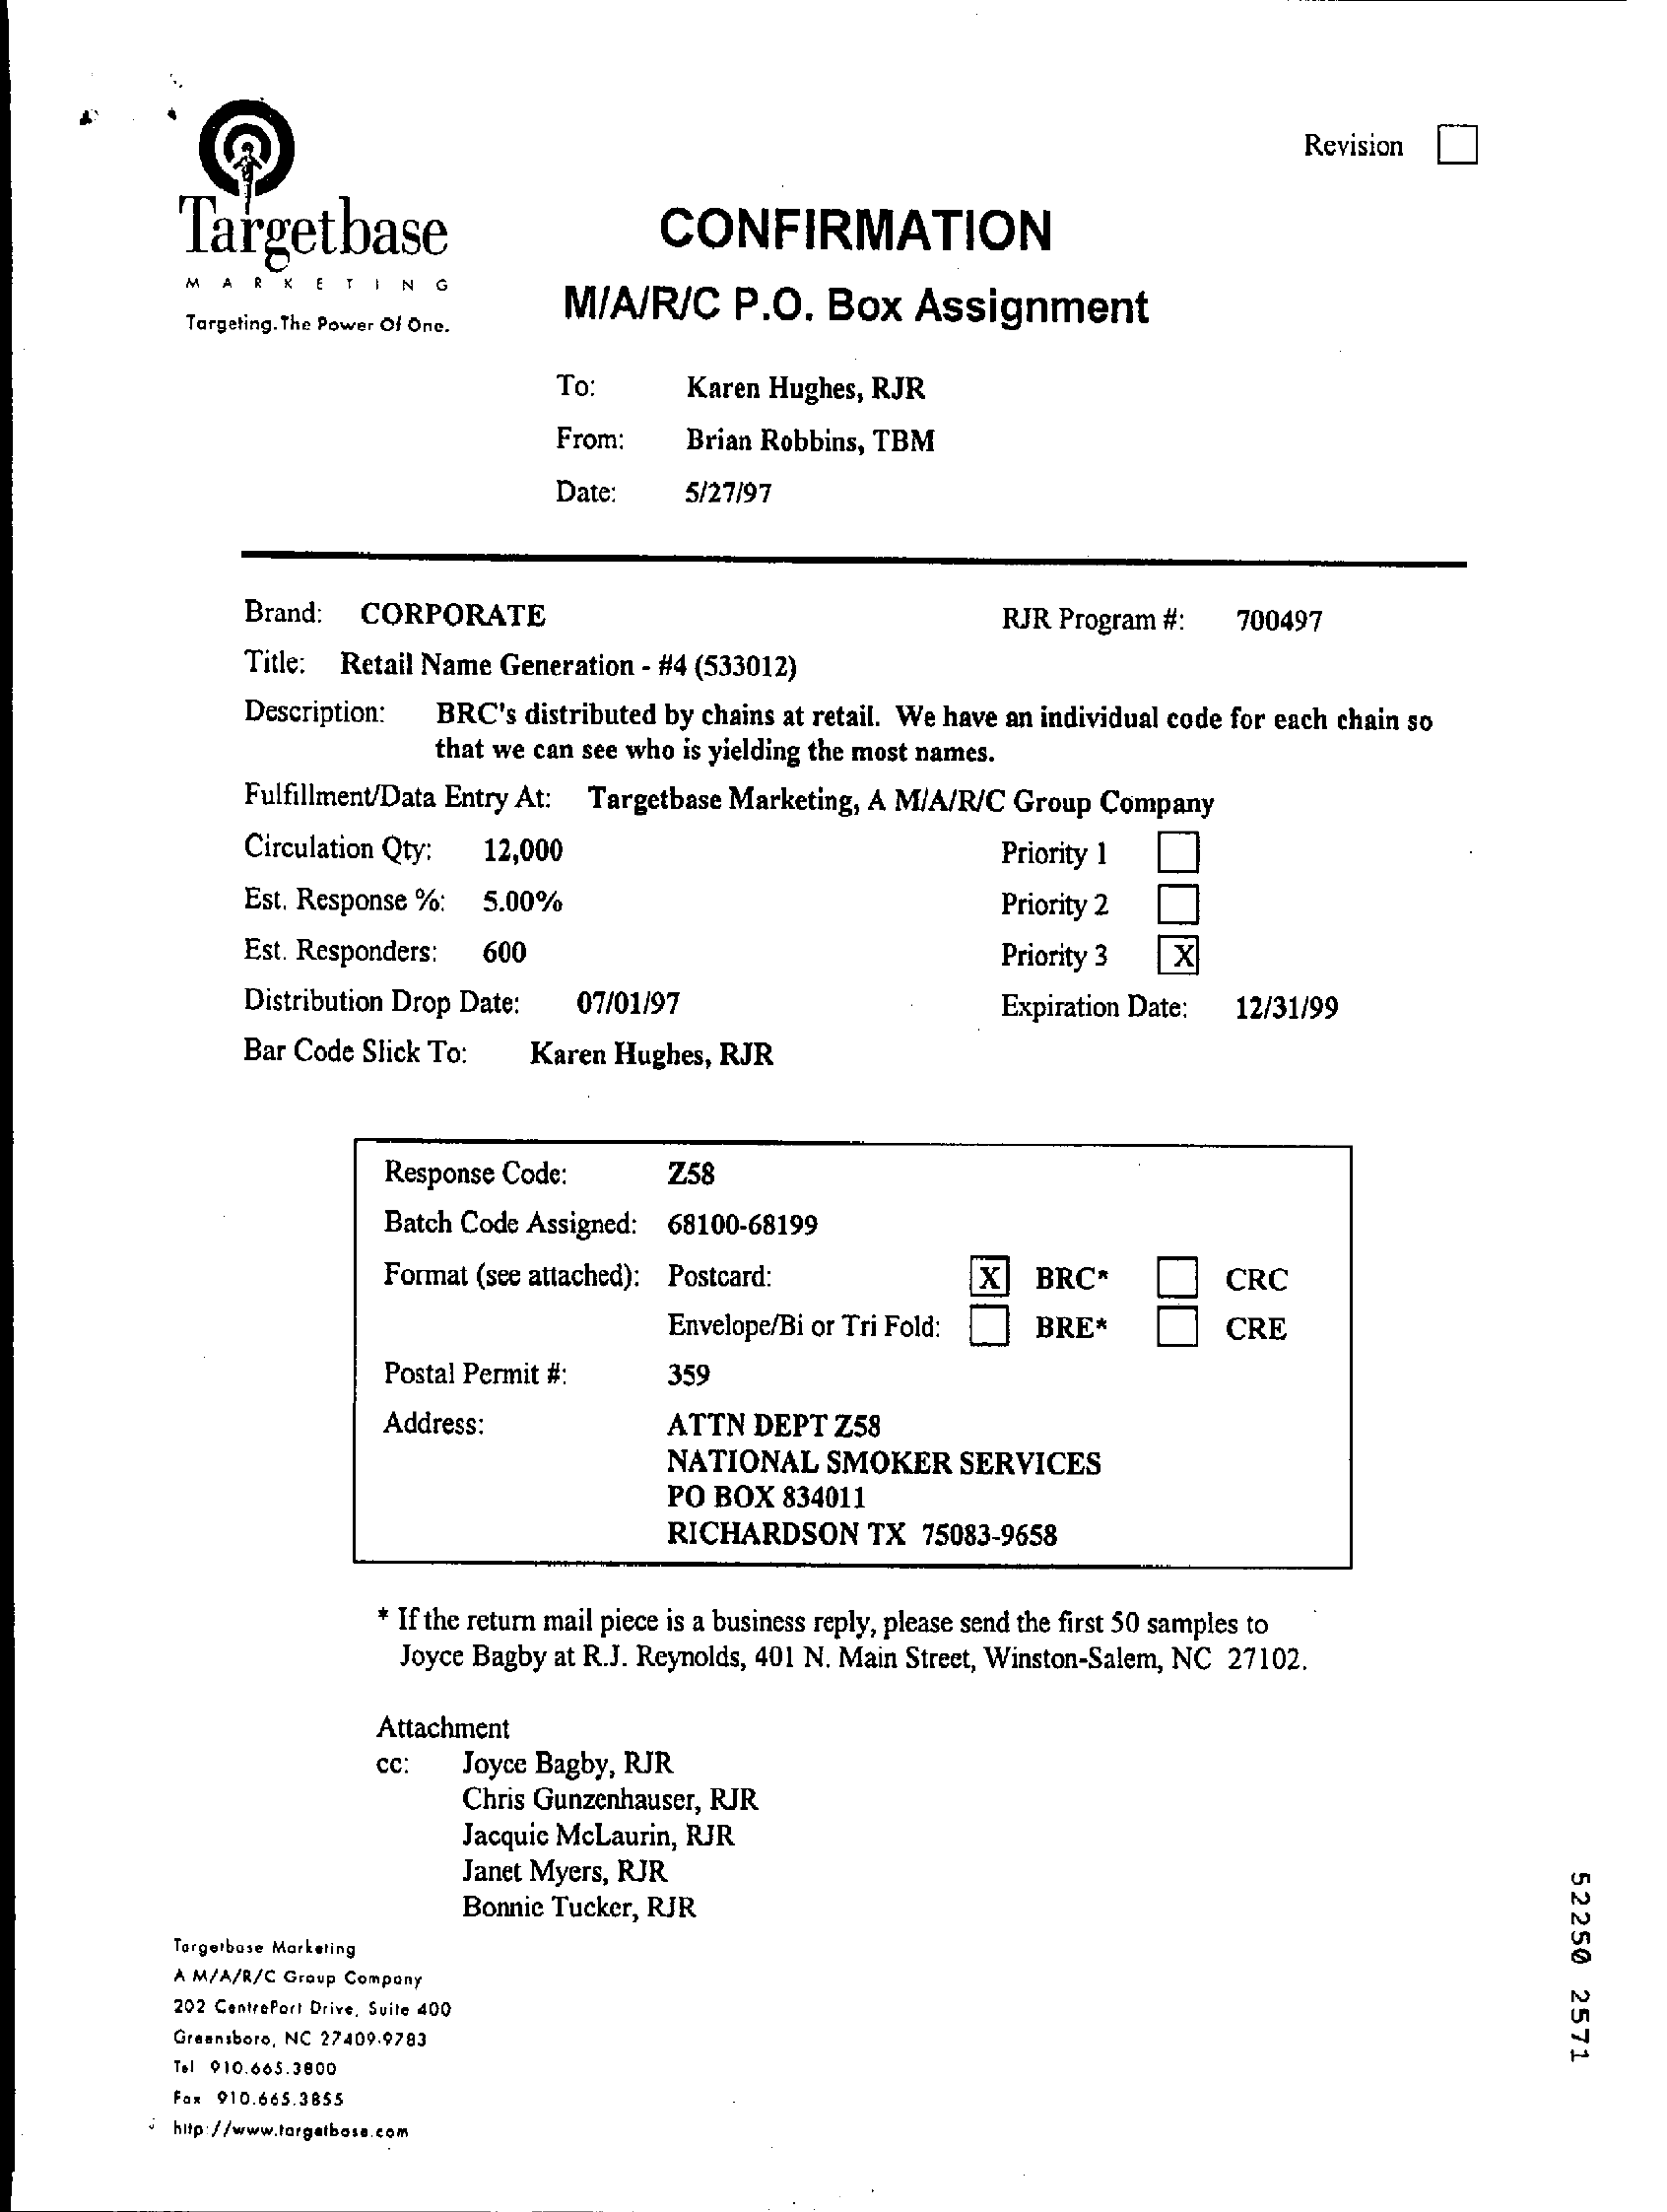
Revision
     Targetbase    CONFIRMATION
     M    ING
     M/A/R/C    P.O.  Box   Assignment
     Targeting. The Power Of One.
     To:    Karen Hughes, RJR
     From:    Brian Robbins, TBM
     Date:    5/27/97
     Brand: CORPORATE    RJR Program #:  700497
     Title: Retail Name Generation - #4 (533012)
     Description: BRC's distributed by chains at retail. We have an individual code for each chain so
     that we can see who is yielding the most names.
     Fulfillment/Data Entry At: Targetbase Marketing, A M/A/R/C Group Company
     Circulation Qty: 12,000    Priority 1
     Est. Response %: 5.00%    Priority 2
     Est. Responders: 600    Priority 3  X
     Distribution Drop Date: 07/01/97    Expiration Date: 12/31/99
     Bar Code Slick To: Karen Hughes, RJR
     Response Code:    758
     Batch Code Assigned: 68100-68199
     Format (see attached): Postcard:    X   BRC*    CRC
     Envelope/Bi or Tri Fold: BRE*    CRE
     Postal Permit #:    359
     Address:    ATTN DEPT  Z58
     NATIONAL   SMOKER   SERVICES
     PO BOX  834011
     RICHARDSON    TX  75083-9658
     * If the return mail piece is a business reply, please send the first 50 samples to
     Joyce Bagby at R.J. Reynolds, 401 N. Main Street, Winston-Salem, NC 27102.
     Attachment
     cc:   Joyce Bagby, RJR
     Chris Gunzenhauser, RJR
     Jacquie McLaurin, RJR
     Janet Myers, RJR
     52250
     2571
     Bonnie Tucker, RJR
     Targetbase Marketing
     A M/A/R/C Group Company
     202 Centrefort Drive, Suite 400
     Greensboro, NC 27409.9783
     Tel 910.665.3800
     Fax 910.665.3855
     http://www.targatboss.com